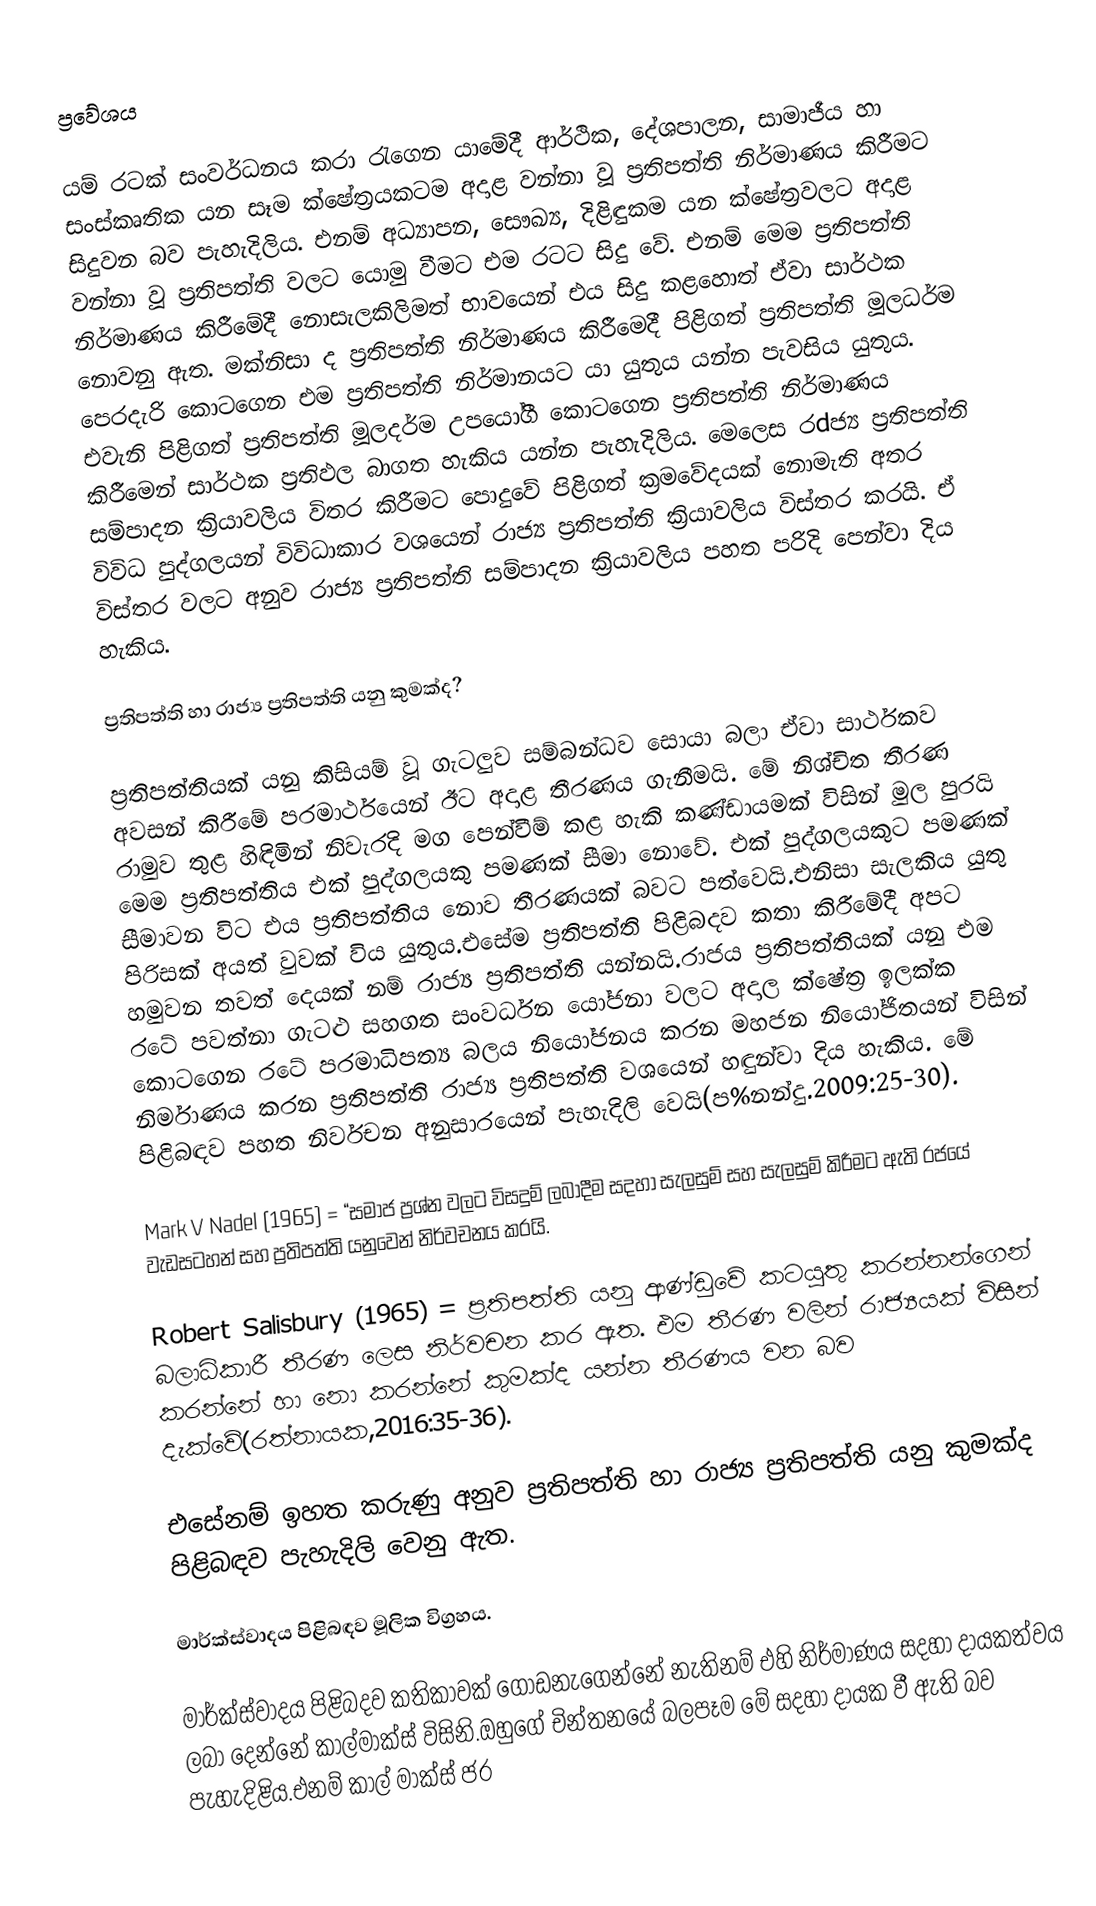
ප්‍රවේශය

           යම් රටක් සංවර්ධනය කරා රැගෙන යාමේදී ආර්ථික, දේශපාලන, සාමාජීය හා සංස්කෘතික යන සෑම ක්ෂේත්‍රයකටම අදාළ වන්නා වූ ප්‍රතිපත්ති නිර්මාණය කිරීමට සිදුවන බව පැහැදිලිය. එනම් අධ්‍යාපන, සෞඛ්‍ය, දිළිඳුකම යන ක්ෂේත්‍රවලට අදාළ වන්නා වූ ප්‍රතිපත්ති වලට යොමු වීමට එම රටට සිදු වේ. එනම් මෙම ප්‍රතිපත්ති නිර්මාණය කිරීමේදී නොසැලකිලිමත් භාවයෙන් එය සිදු කළහොත් ඒවා සාර්ථක නොවනු ඇත. මක්නිසා ද ප්‍රතිපත්ති නිර්මාණය කිරීමෙදී පිළිගත් ප්‍රතිපත්ති මූලධර්ම පෙරදැරි කොටගෙන එම ප්‍රතිපත්ති නිර්මානයට යා යුතුය යන්න පැවසිය යුතුය. එවැනි පිළිගත් ප්‍රතිපත්ති මූලදර්ම උපයෝගී කොටගෙන ප්‍රතිපත්ති නිර්මාණය කිරීමෙන් සාර්ථක ප්‍රතිඵල බාගත හැකිය යන්න පැහැදිලිය. මෙලෙස රdජ්‍ය ප්‍රතිපත්ති සම්පාදන ක්‍රියාවලිය විතර කිරීමට පොදුවේ පිළිගත් ක්‍රමවේදයක් නොමැති අතර විවිධ පුද්ගලයන් විවිධාකාර වශයෙන් රාජ්‍ය ප්‍රතිපත්ති ක්‍රියාවලිය විස්තර කරයි. ඒ විස්තර වලට අනුව රාජ්‍ය ප්‍රතිපත්ති සම්පාදන ක්‍රියාවලිය පහත පරිදි පෙන්වා දිය හැකිය.          

  ප්‍රතිපත්ති හා රාජ්‍ය ප්‍රතිපත්ති යනු කුමක්ද?

           ප්‍රතිපත්තියක් යනු කිසියම් වූ ගැටලුව සම්බන්ධව සොයා බලා ඒවා සාර්ථකව අවසන් කිරීමේ පරමාර්ථයෙන් ඊට අදාළ තීරණය ගැනීමයි. මේ නිශ්චිත තීරණ රාමුව තුළ හිඳිමින් නිවැරදි මග පෙන්වීම් කළ හැකි කණ්ඩායමක් විසින් මුල පුරයි මෙම ප්‍රතිපත්තිය එක් පුද්ගලයකු පමණක් සීමා නොවේ. එක් පුද්ගලයකුට පමණක් සීමාවන විට එය ප්‍රතිපත්තිය නොව තීරණයක් බවට පත්වෙයි.එනිසා සැලකිය යුතු පිරිසක් අයත් වුවක් විය යුතුය.එසේම ප්‍රතිපත්ති පිළිබදව කතා කිරීමේදී අපට හමුවන තවත් දෙයක් නම් රාජ්‍ය ප්‍රතිපත්ති යන්නයි.රාජය ප්‍රතිපත්තියක් යනු එම රටේ පවත්නා ගැටළු සහගත සංවර්ධන යෝජනා වලට අදාල ක්ෂේත්‍ර ඉලක්ක කොටගෙන රටේ පරමාධිපත්‍ය බලය නියෝජනය කරන මහජන නියෝජිතයන් විසින් නිර්මාණය කරන ප්‍රතිපත්ති රාජ්‍ය ප්‍රතිපත්ති වශයෙන් හඳුන්වා දිය හැකිය. මේ පිළිබඳව පහත නිර්වචන අනුසාරයෙන් පැහැදිලි වෙයි(ප%නන්දු.2009:25-30).

Mark V Nadel (1965) = “සමාජ ප්‍රශ්න වලට විසදුම් ලබාදීම සදහා සැලසුම් සහ සැලසුම් කිරීමට ඇති රජයේ වැඩසටහන් සහ ප්‍රතිපත්ති යනුවෙන් නිර්වචනය කරයි.

Robert Salisbury (1965) = ප්‍රතිපත්ති යනු ආණ්ඩුවේ කටයුතු කරන්නන්ගෙන් බලාධිකාරී තීරණ ලෙස නිර්වචන කර ඇත. එම තීරණ වලින් රාජ්‍යයක් විසින් කරන්නේ හා නො කරන්නේ කුමක්ද යන්න තීරණය වන බව දැක්වේ(රත්නායක,2016:35-36).

           එසේනම් ඉහත කරුණු අනුව ප්‍රතිපත්ති හා රාජ්‍ය ප්‍රතිපත්ති යනු කුමක්ද පිළිබඳව පැහැදිලි වෙනු ඇත.

මාර්ක්ස්වාදය පිළිබඳව මූලික විග්‍රහය.

               මාර්ක්ස්වාදය පිළිබදව කතිකාවක් ගොඩනැගෙන්නේ නැතිනම් එහි නිර්මාණය සදහා දායකත්වය ලබා දෙන්නේ කාල්මාක්ස් විසිනි.ඔහුගේ චින්තනයේ බලපෑම මේ සදහා දායක වී ඇති බව පැහැදිළිය.එනම් කාල් මාක්ස් ජර